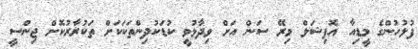
ފުލުހުންގެ މީޑިއާ އޮފިޝަލް މިރޭ ސަން އަށް ވިދާޅުވީ ކުޑަކުދިންތަކަކަށް ތަކުރާރުކޮށް ޖިންސީ